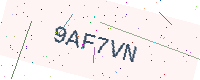
Text: 9AF7VN